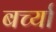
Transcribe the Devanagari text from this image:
बर्च्या